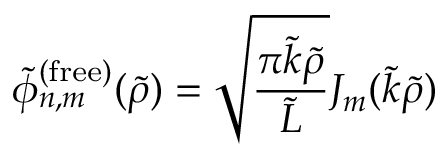
\tilde { \phi } _ { n , m } ^ { ( \mathrm { f r e e } ) } ( \tilde { \rho } ) = \sqrt { \frac { \pi \tilde { k } \tilde { \rho } } { \tilde { L } } } J _ { m } ( \tilde { k } \tilde { \rho } )